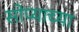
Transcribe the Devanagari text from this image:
सोप्याच्या